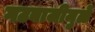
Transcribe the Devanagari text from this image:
गटबाजीमुळे